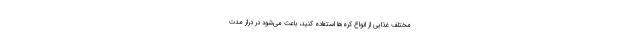
مختلف غذایی از انواع کره‌ها استفاده کنید، باعث می‌شود در دراز مدت